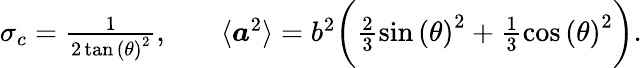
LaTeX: \begin{array}{rlr}{\sigma_{c}=\frac{1}{2\tan{(\theta)}^{2}},}&{{}}&{\langle\boldsymbol{a}^{2}\rangle=b^{2}\bigg(\frac{2}{3}\sin{(\theta)}^{2}+\frac{1}{3}\cos{(\theta)}^{2}\bigg).}\end{array}